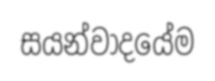
සයන්වාදයේම